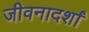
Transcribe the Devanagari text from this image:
जीवनादर्शां